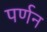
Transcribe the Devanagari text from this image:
पर्णन